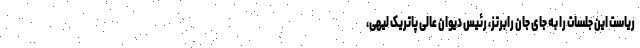
ریاست این جلسات را به جای جان رابرتز، رئیس دیوان عالی پاتریک لیهی،